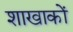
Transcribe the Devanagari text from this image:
शाखाकों